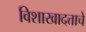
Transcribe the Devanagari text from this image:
विशाखादत्ताचे